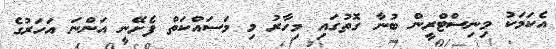
އެކަމަކު މިނިސްޓްރީން ބުނާ ގޮތުގައި މިހާރު މި މަސައްކަތް ފެށޭނީ އަންނަ އަހަރުގެ